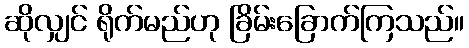
ဆိုလျှင် ရိုက်မည်ဟု ခြိမ်းခြောက်ကြသည်။